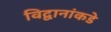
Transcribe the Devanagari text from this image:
विद्वानांकडे